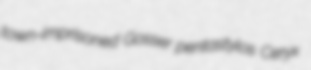
town-imprisoned Gosser pentastylos Ceryx